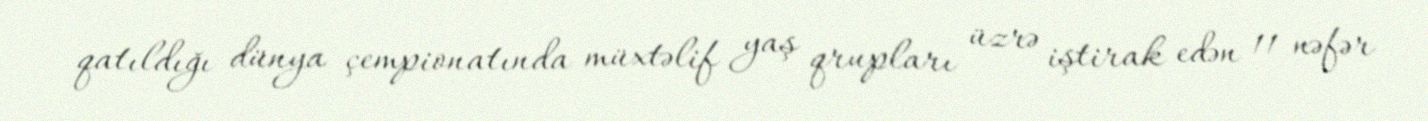
qatıldığı dünya çempionatında müxtəlif yaş qrupları üzrə iştirak edən 11 nəfər